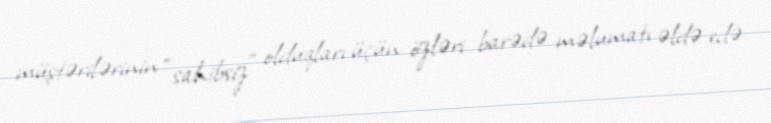
müştərilərinin “sahibsiz” olduqları üçün özləri barədə məlumatı əldə edə